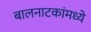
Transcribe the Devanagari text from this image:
बालनाटकांमध्ये